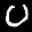
Label: 0